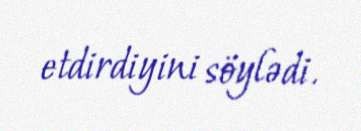
etdirdiyini söylədi.